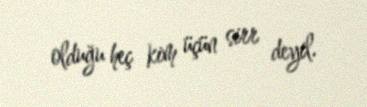
olduğu heç kim üçün sirr deyil.